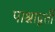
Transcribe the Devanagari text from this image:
पाश्चाद्वर्ती